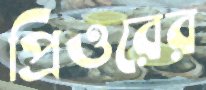
প্রিওরের